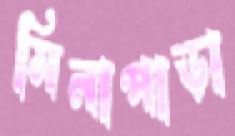
মিনাপাড়া